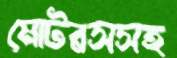
মোটরসসহ